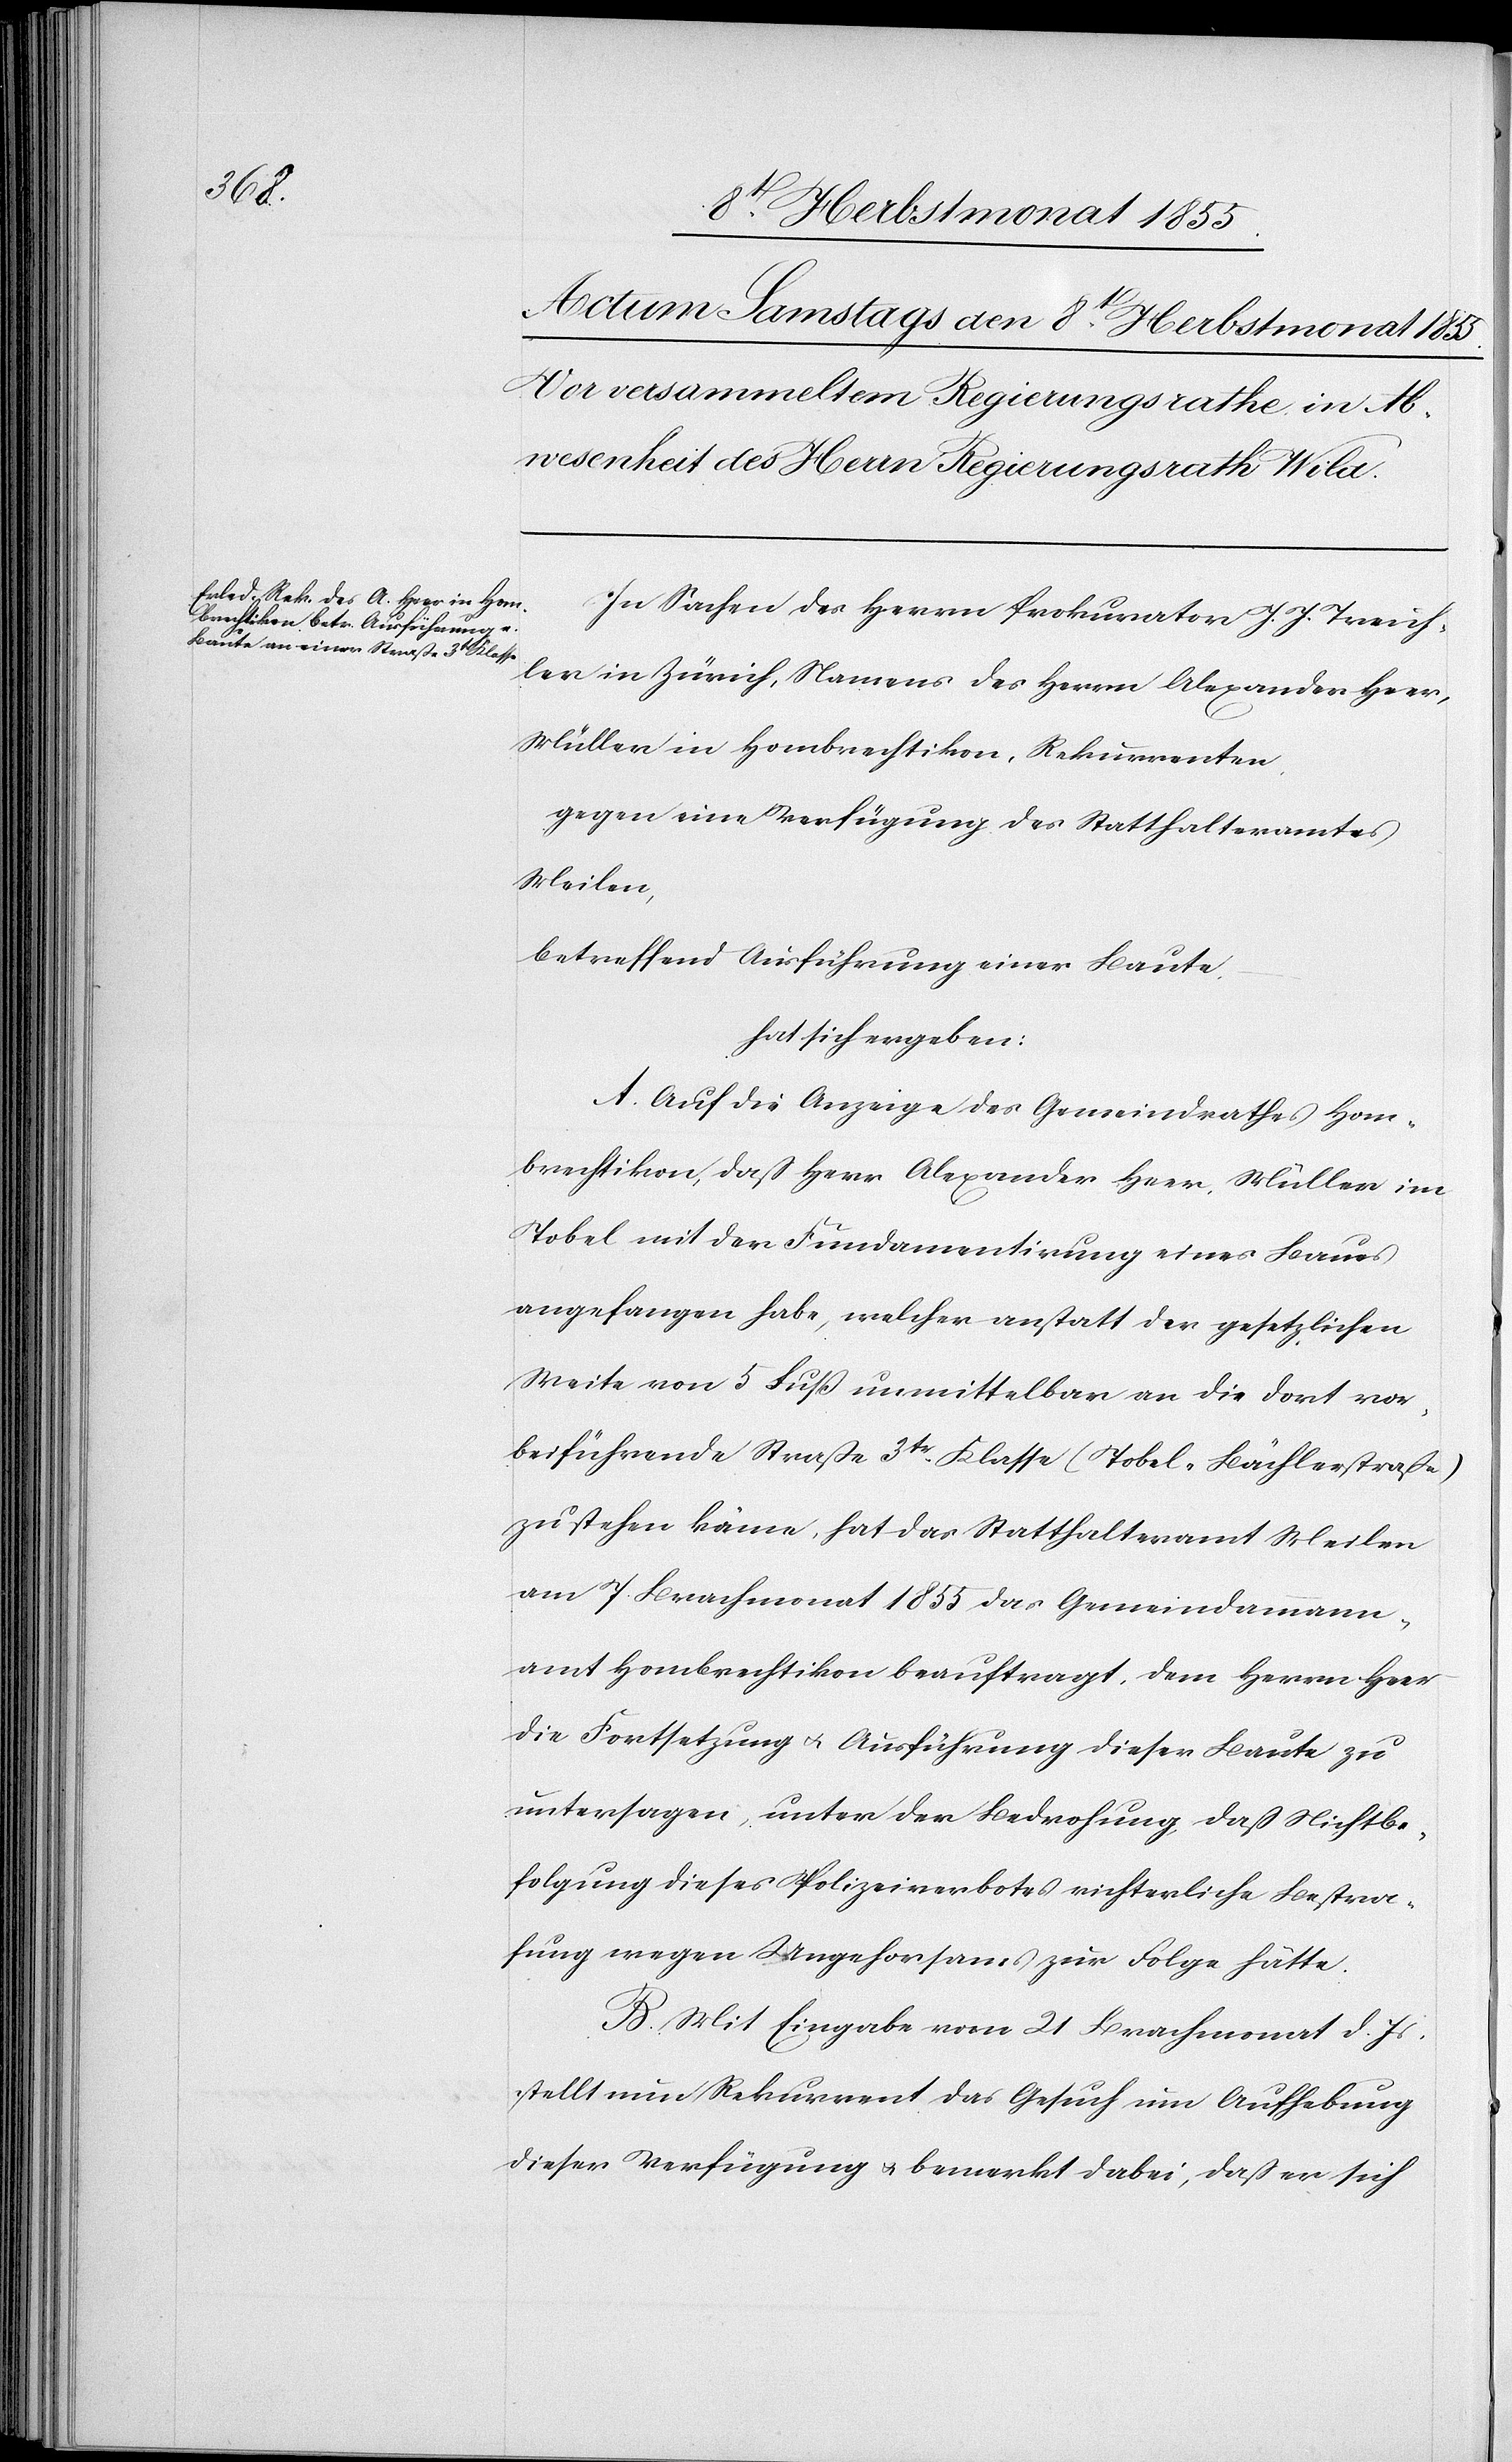
In Sachen des Herrn Prokurator J. J. Treich¬
ler in Zürich, Namens des Herrn Alexander Heer,
Müller in Hombrechtikon, Rekurrenten,
gegen eine Verfügung des Statthalteramtes
Meilen,
betreffend Ausführung einer Baute,
hat sich ergeben:
A. Auf die Anzeige des Gemeindrathes Hom¬
brechtikon, daß Herr Alexander Heer, Müller im
Tobel mit der Fundamentirung eines Baues
angefangen habe, welcher anstatt der gesetzlichen
Weite von 5 Fuß unmittelbar an die dort vor¬
beiführende Straße 3tr. Klasse (Tobel-Bächlerstraße)
zu stehen käme, hat das Statthalteramt Meilen
am 7. Brachmonat 1855 das Gemeindammann¬
amt Hombrechtikon beauftragt, dem Herrn Heer
die Fortsetzung & Ausführung dieser Baute zu
untersagen, unter der Bedrohung, daß Nichtbe¬
folgung dieses Polizeiverbotes richterliche Bestra¬
fung wegen Ungehorsams zur Folge hätte.
B. Mit Eingabe vom 21 Brachmonat d. Js.
stellt nun Rekurrent das Gesuch um Aufhebung
dieser Verfügung & bemerkt dabei, daß er sich